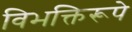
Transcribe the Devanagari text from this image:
विभक्तिरूपे